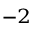
^ { - 2 }